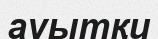
ауытқи